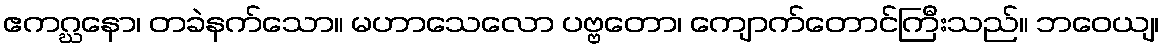
ဧကဂ္ဃနော၊ တခဲနက်သော။ မဟာသေလော ပဗ္ဗတော၊ ကျောက်တောင်ကြီးသည်။ ဘဝေယျ၊